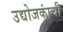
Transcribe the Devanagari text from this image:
उद्योजकांची